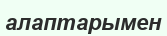
алаптарымен